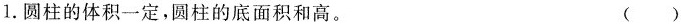
1.圆柱的体积一定，圆柱的底面积和高。 ( )